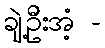
ချဲ့ဦးအံ့ -